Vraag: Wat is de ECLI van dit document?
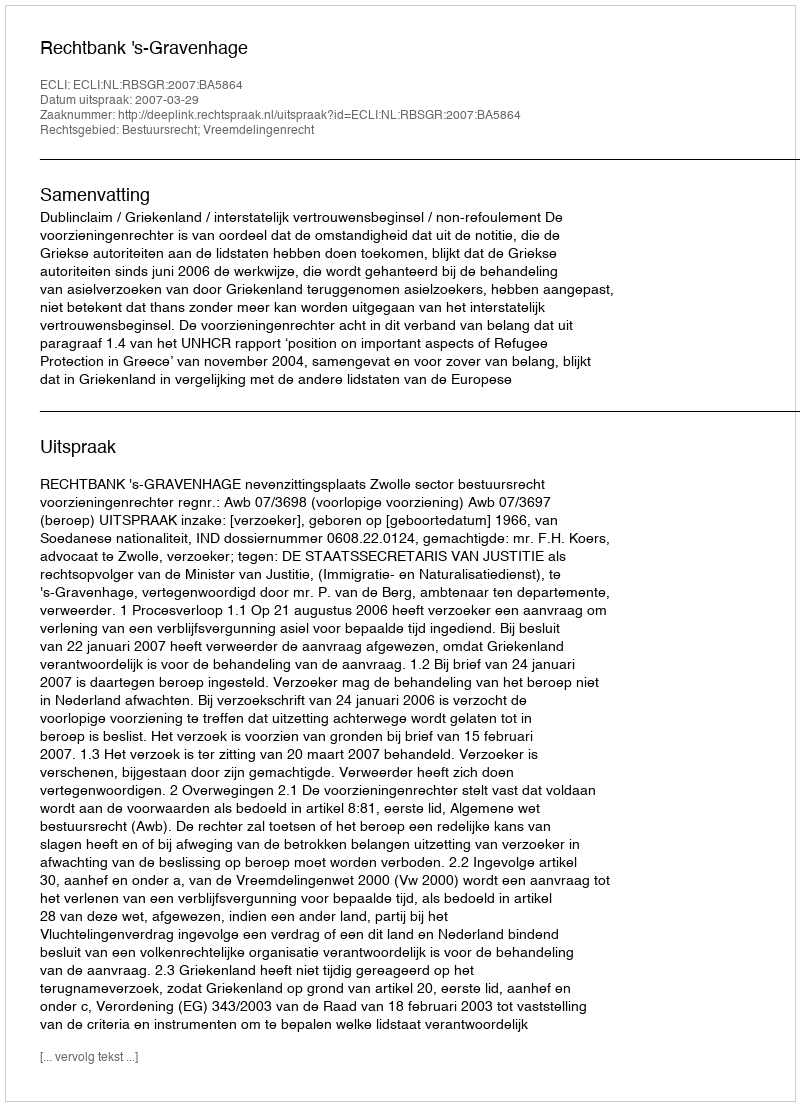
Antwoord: ECLI:NL:RBSGR:2007:BA5864